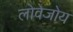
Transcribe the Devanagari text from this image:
लोवेजोय